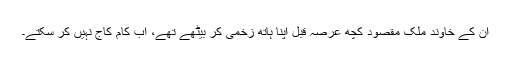
ان کے خاوند ملک مقصود کچھ عرصہ قبل اپنا ہاتھ زخمی کر بیٹھے تھے، اب کام کاج نہیں کر سکتے۔